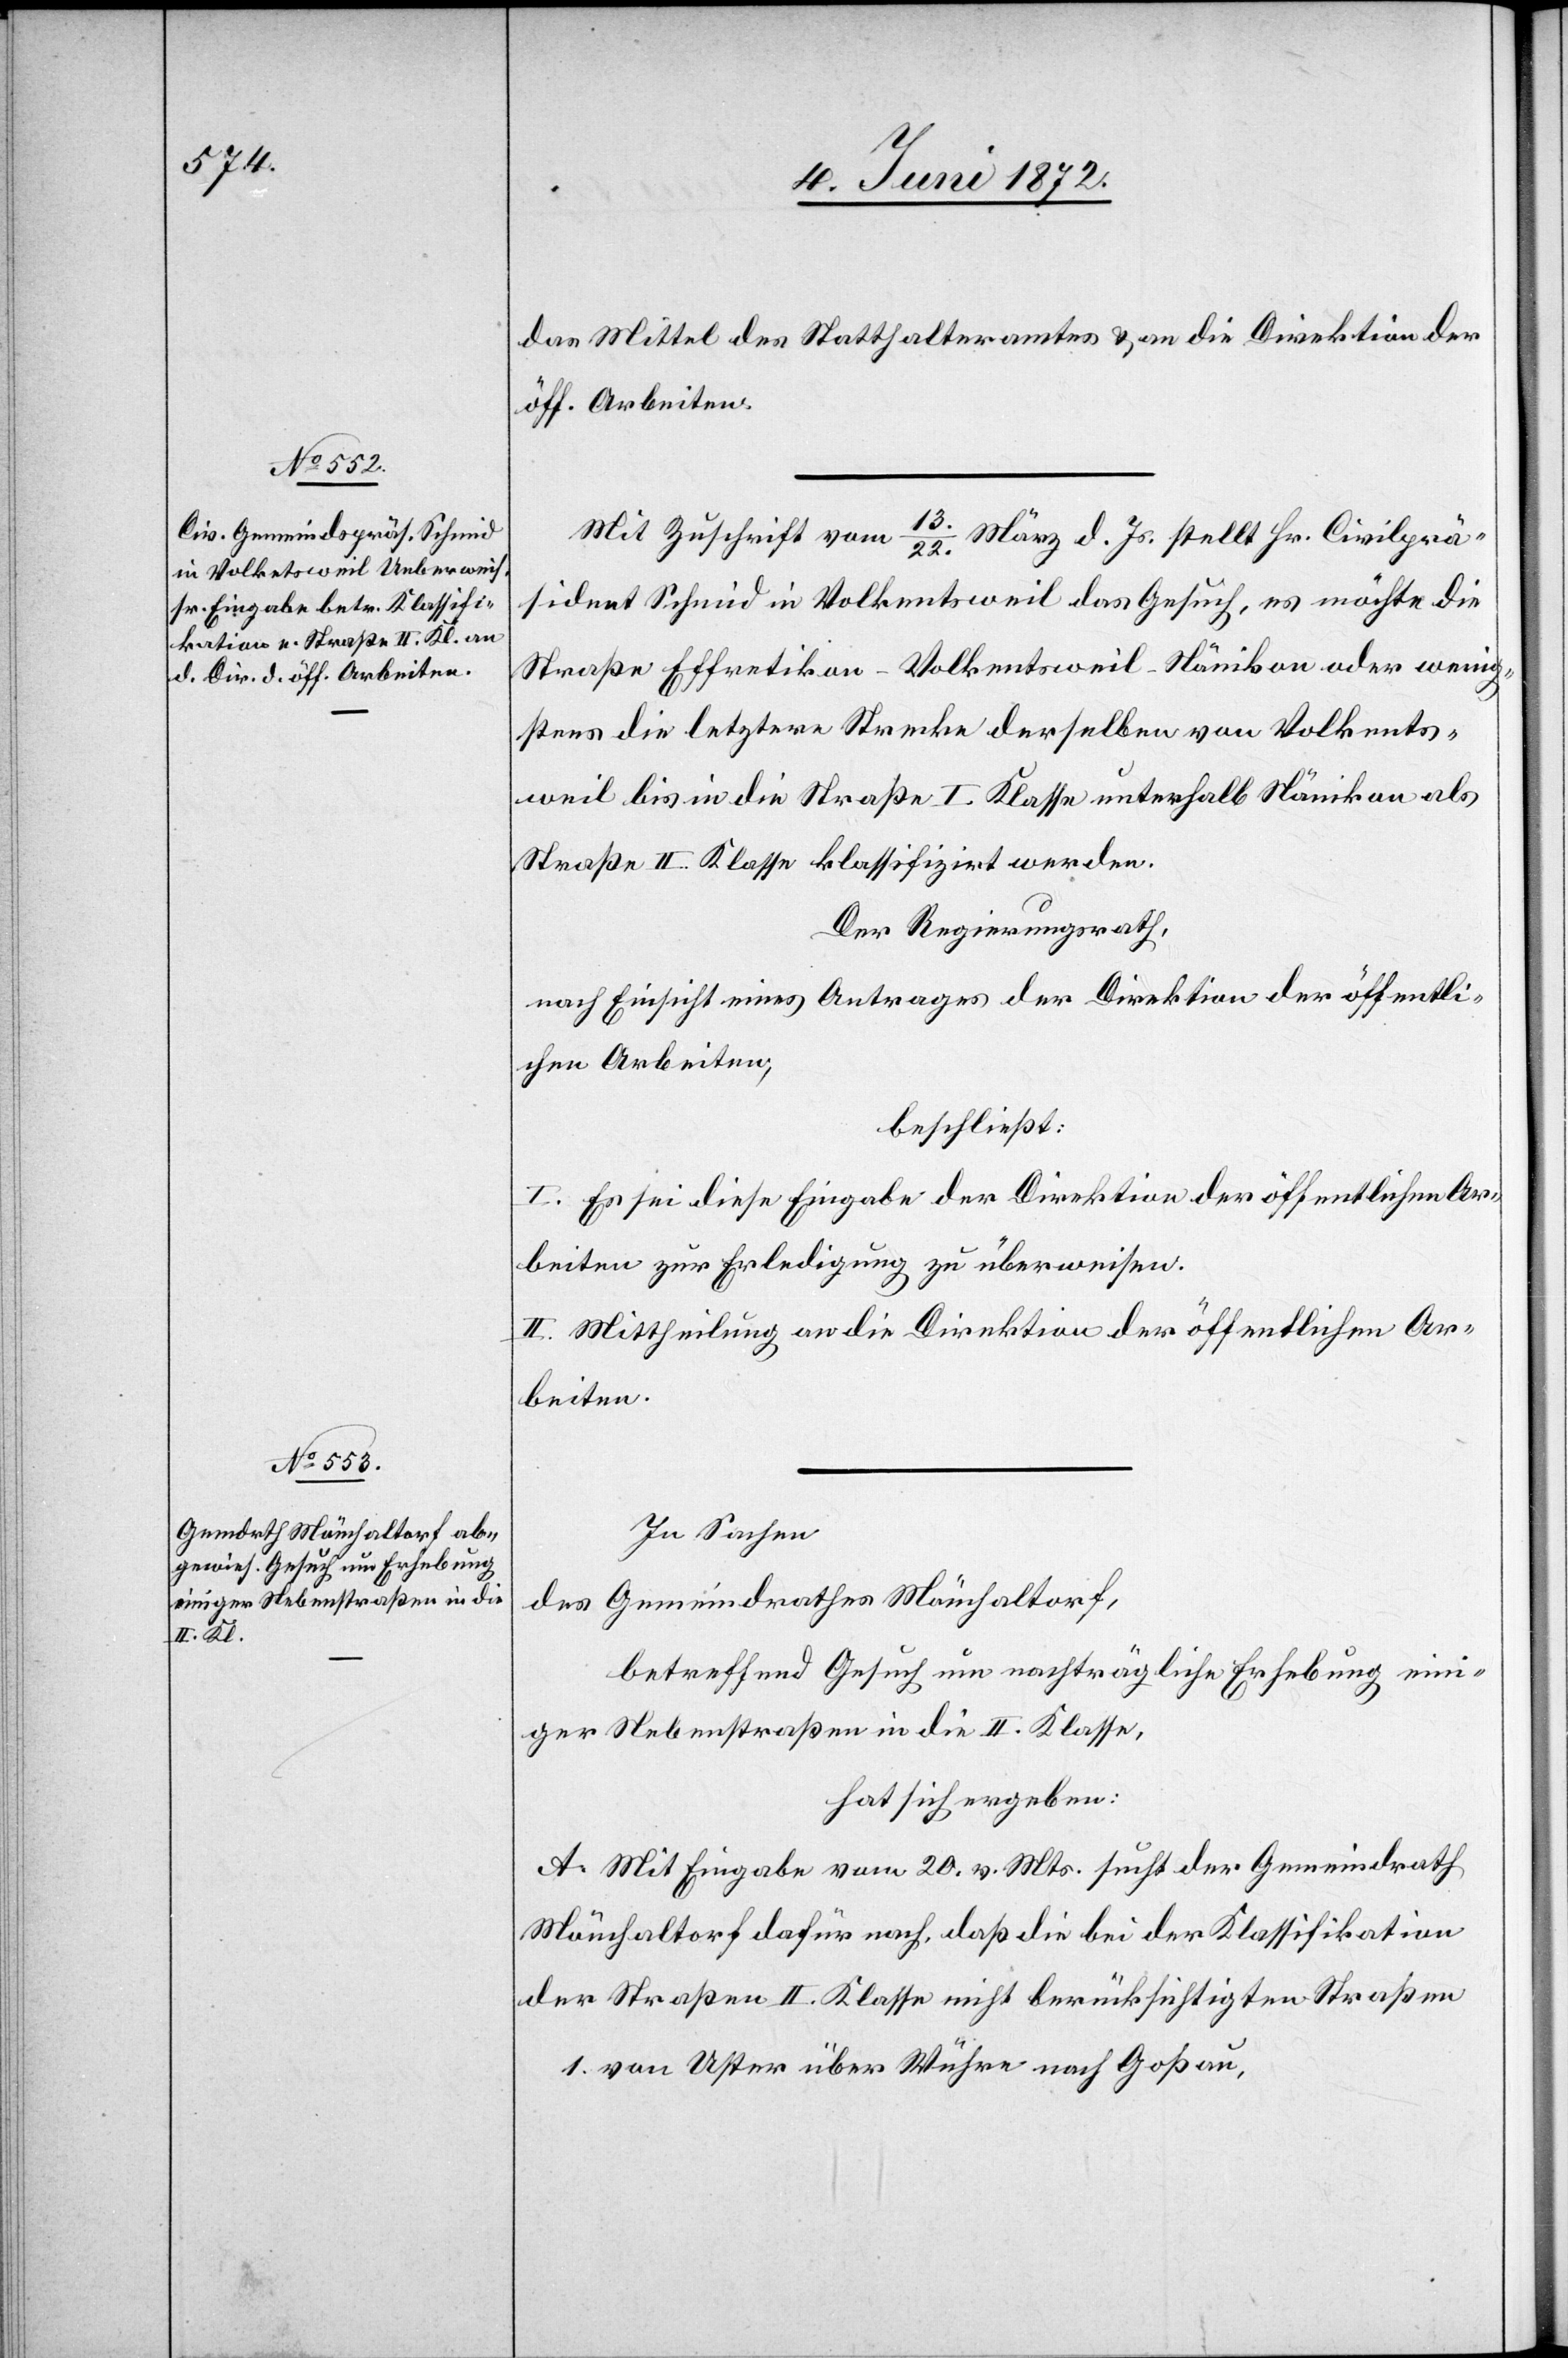
das Mittel des Statthalteramtes u. an die Direktion der
öff. Arbeiten.
Mit Zuschrift vom 13./22. März d. Js. stellt Hr. Civilprä¬
sident Schmid in Volkentsweil das Gesuch, es möchte die
Straße Effretikon–Volkentsweil–Nänikon oder wenig¬
stens die letztere Strecke derselben von Volkents¬
weil bis in die Straße I. Klasse unterhalb Nänikon als
Straße II. Klasse klassifizirt werden.
Der Regierungsrath,
nach Einsicht eines Antrages der Direktion der öffentli¬
chen Arbeiten,
beschließt:
I. Es sei diese Eingabe der Direktion der öffentlichen Ar¬
beiten zur Erledigung zu überweisen.
II. Mittheilung an die Direktion der öffentlichen Ar¬
beiten.
In Sachen
Gemeindrathes Mönchaltorf,
des
betreffend Gesuch um nachträgliche Erhebung eini¬
ger Nebenstraßen in die II. Klasse,
hat sich ergeben:
A. Mit Eingabe vom 20. v. Mts. sucht der Gemeindrath
Mönchaltorf dafür nach, daß die bei der Klassifikation
der Straßen II. Klasse nicht berücksichtigten Straßen
1. von Uster über Wühre nach Goßau,